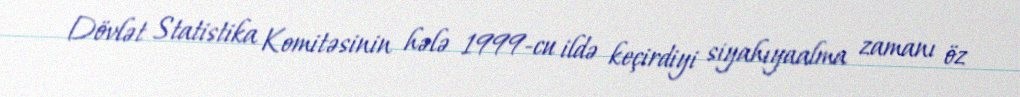
Dövlət Statistika Komitəsinin hələ 1999-cu ildə keçirdiyi siyahıyaalma zamanı öz